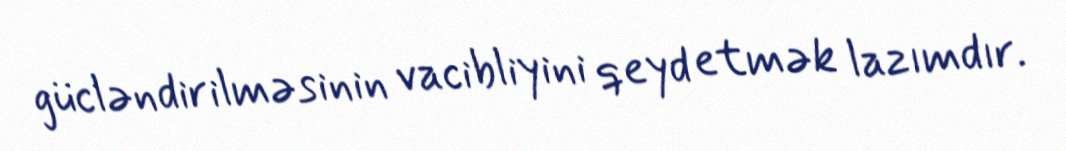
gücləndirilməsinin vacibliyini qeyd etmək lazımdır.